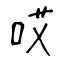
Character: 哎